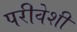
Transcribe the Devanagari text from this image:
परीवेशी